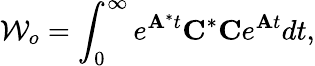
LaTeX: \mathcal{W}_{o}=\int_{0}^{\infty}e^{\mathbf{A}^{*}t}\mathbf{C}^{*}\mathbf{C}e^{\mathbf{A}t}dt,